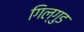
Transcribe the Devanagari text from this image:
गिल्गुड